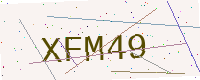
Text: XFM49